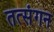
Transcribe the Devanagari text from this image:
तत्संगन